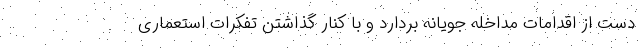
دست از اقدامات مداخله جویانه بردارد و با کنار گذاشتن تفکرات استعماری